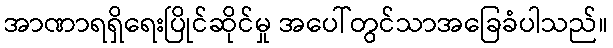
အာဏာရရှိရေးပြိုင်ဆိုင်မှု အပေါ်တွင်သာအခြေခံပါသည်။